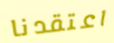
اعتقدنا